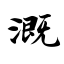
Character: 溉